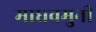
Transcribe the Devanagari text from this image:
माधवमुनी